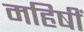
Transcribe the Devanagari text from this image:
महिषीं